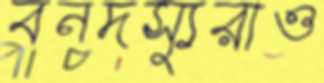
বনদস্যুরাও